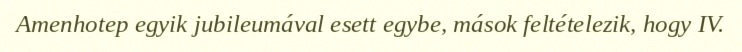
Amenhotep egyik jubileumával esett egybe, mások feltételezik, hogy IV.